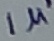
Text: 1µ